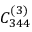
C _ { 3 4 4 } ^ { ( 3 ) }